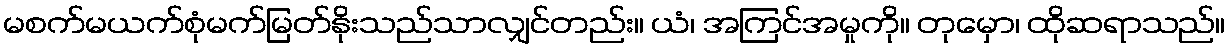
မစက်မယက်စုံမက်မြတ်နိုးသည်သာလျှင်တည်း။ ယံ၊ အကြင်အမှုကို။ တုမှော၊ ထိုဆရာသည်။